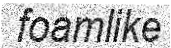
foamlike